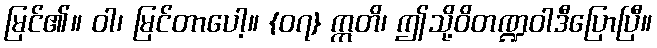
မြင်၏။ ဝါ၊ မြင်တာပေါ့။ {၀၇} ဣတိ၊ ဤသို့ဝိတဏ္ဍဝါဒီပြောပြီ။